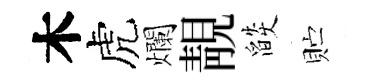
木虎爛靚燄贮